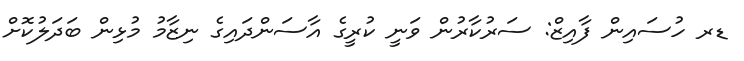
ޑރ ހުސައިން ފާއިޒް: ސަރުކާރުން ވަނީ ކުރީގެ އާސަންދައިގެ ނިޒާމު މުޅިން ބަދަލުކޮށް